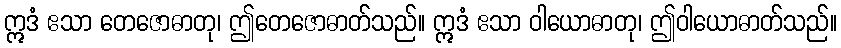
ဣဒံ ဧသာ တေဇောဓာတု၊ ဤတေဇောဓာတ်သည်။ ဣဒံ ဧသာ ဝါယောဓာတု၊ ဤဝါယောဓာတ်သည်။